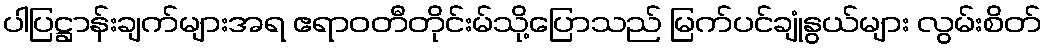
ပါပြဋ္ဌာန်းချက်များအရ ဧရာဝတီတိုင်းမ်သို့ပြောသည် မြက်ပင်ချုံနွယ်များ လွမ်းစိတ်